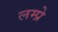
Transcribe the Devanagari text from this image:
लम्प्रे